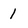
Character: 1